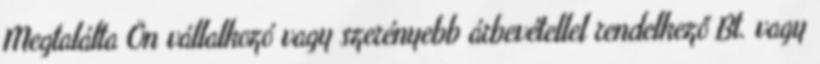
Megtalálta Ön vállalkozó vagy szerényebb árbevétellel rendelkező Bt. vagy